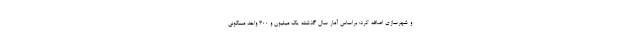
و شهرسازی اضافه کرد: براساس آمار سال گذشته یک میلیون و ۳۰۰ واحد مسکونی